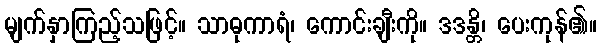
မျက်နှာကြည့်သဖြင့်။ သာဓုကာရံ၊ ကောင်းချီးကို။ ဒဒန္တိ၊ ပေးကုန်၏။